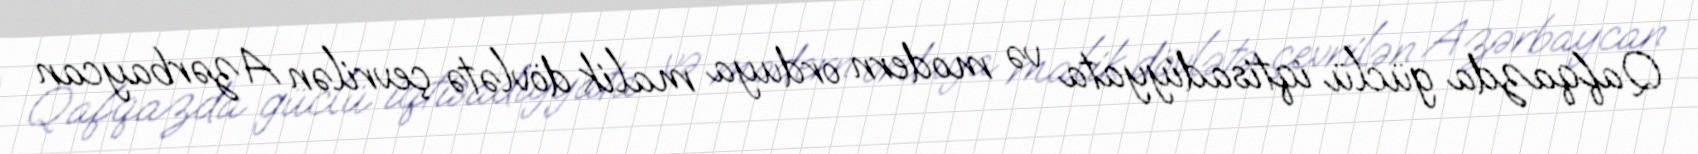
Qafqazda güclü iqtisadiyyata və modern orduya malik dövlətə çevrilən Azərbaycan